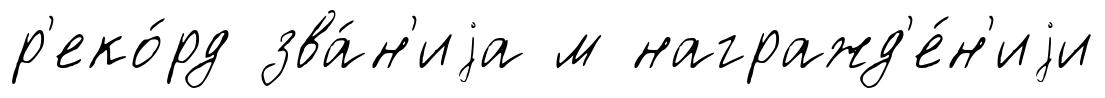
р'еко́рд зва́н'иjа м награжд'е́н'иjи